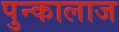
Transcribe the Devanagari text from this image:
पुन्कालाज